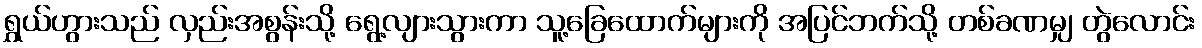
ရွှယ်ဟွားသည် လှည်းအစွန်းသို့ ရွေ့လျားသွားကာ သူ့ခြေထောက်များကို အပြင်ဘက်သို့ တစ်ခဏမျှ တွဲလောင်း